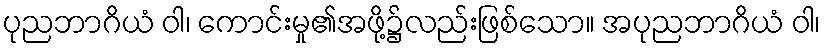
ပုညဘာဂိယံ ဝါ၊ ကောင်းမှု၏အဖို့၌လည်းဖြစ်သော။ အပုညဘာဂိယံ ဝါ၊